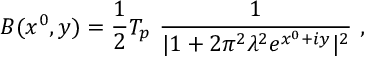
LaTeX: { \cal B } ( x ^ { 0 } , y ) = { \frac { 1 } { 2 } } { \cal T } _ { p } ~ { \frac { 1 } { | 1 + 2 \pi ^ { 2 } \lambda ^ { 2 } e ^ { x ^ { 0 } + i y } | ^ { 2 } } } ~ ,